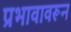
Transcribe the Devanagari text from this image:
प्रभावावरून